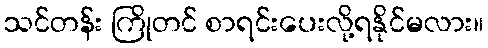
သင်တန်း ကြိုတင် စာရင်းပေးလို့ရနိုင်မလား။